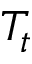
T _ { t }